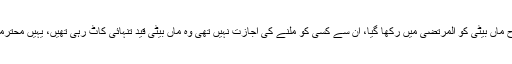
صرف یہی نہیں، محترمہ نے ”دختر مشرق“ میں یہ بھی تحریر کیا ہوا ہے کہ کس طرح ماں بیٹی کو المرتضیٰ میں رکھا گیا، ان سے کسی کو ملنے کی اجازت نہیں تھی وہ ماں بیٹی قید تنہائی کاٹ رہی تھیں، یہیں محترمہ کے کان کے درد نے شدت اختیار کی اور ان کو بہت زیادہ تکلیف برداشت کرنا پڑی۔